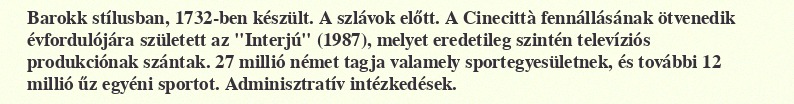
Barokk stílusban, 1732-ben készült. A szlávok előtt. A Cinecittà fennállásának ötvenedik évfordulójára született az "Interjú" (1987), melyet eredetileg szintén televíziós produkciónak szántak. 27 millió német tagja valamely sportegyesületnek, és további 12 millió űz egyéni sportot. Adminisztratív intézkedések.